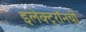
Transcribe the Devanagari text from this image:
इलेक्ट्राॅनची